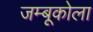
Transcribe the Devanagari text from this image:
जम्बूकोला